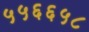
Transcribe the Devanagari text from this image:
५५६६५८